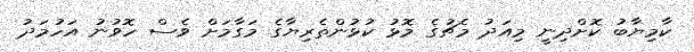
ކާމިޔާބު ކޮށްދިނީ މިއަދު މެޗުގެ މޮޅު ކުޅުންތެރިޔާގެ މަގާމަށް ވެސް ހޮވުނު އަހުމަދު